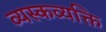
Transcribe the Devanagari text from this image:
व्यस्कव्यक्ति